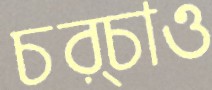
চর্চাও